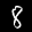
Label: 8